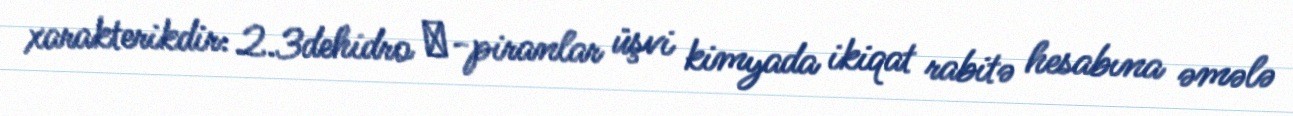
xarakterikdir: 2.3dehidro γ-piranlar üşvi kimyada ikiqat rabitə hesabına əmələ